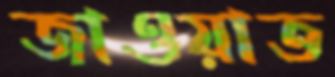
জাওয়াত